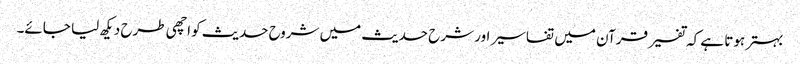
بہتر ہوتا ہے کہ تفسیر قرآن میں تفاسیر اور شرح حدیث میں شروح حدیث کو اچھی طرح دیکھ لیا جائے۔